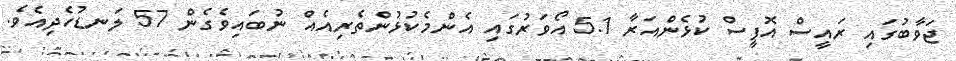
ޖަވާބުގައި ރައީސް އޮފީސް ކުޅެންއަރާ 5.1 އޯވަރުގައި އެންމެކުޅުންތެރިއެއް ނުބައިވެގެން 57 ލަނޑުހެދިއެވެ.